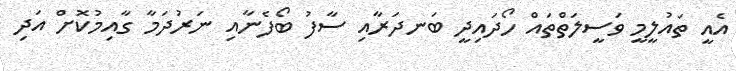
އެއީ ތައުލީމީ ވަސީލަތްތައް ހޯދައިދީ ބަނދަރާއި ސާފު ބޯފެނާއި ނަރުދަމާ ގާއިމުކޮށް އަދި